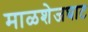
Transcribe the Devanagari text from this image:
माळशेजघाट